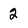
Character: 2